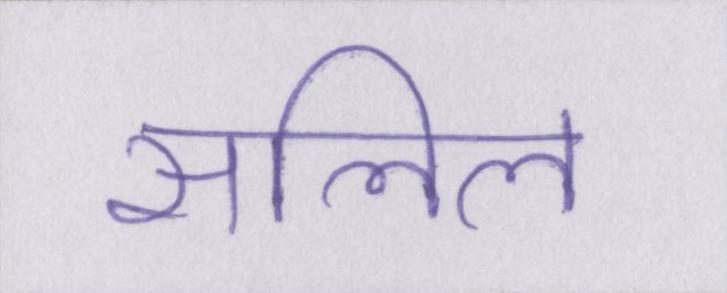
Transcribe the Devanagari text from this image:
सलिल